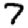
Digit: 7